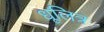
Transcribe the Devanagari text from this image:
धूलित्र